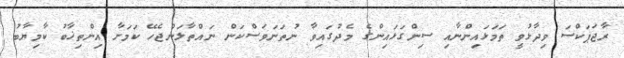
ރާޖަޕަކްސަ ވިދާޅުވީ ތަމަޅައިންނާއި ސިންގަޅައިންގެ މެދުގައިވާ ނުތަނަވަސްކަން ނައްތާލަންޖެހޭ ކަމަށާ އިންތިޚާބު ކާމިޔާބު